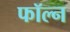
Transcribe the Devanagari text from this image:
फॉल्न